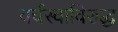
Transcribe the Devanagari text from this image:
वर्चस्वाविरुद्ध